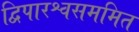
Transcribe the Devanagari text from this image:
द्विपारश्वसममित